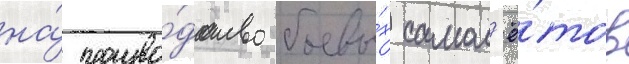
на́ произво́дство боевы́х самол'ё́тов